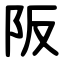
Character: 阪